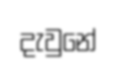
දැවුනේ